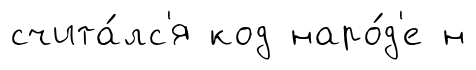
счита́лс'я код наро́д'е н